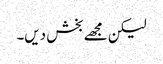
لیکن مجھے بخش دیں۔